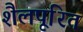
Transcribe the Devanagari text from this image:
शैलपूरित